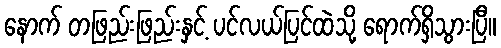
နောက် တဖြည်းဖြည်းနှင့် ပင်လယ်ပြင်ထဲသို့ ရောက်ရှိသွားပြီ။